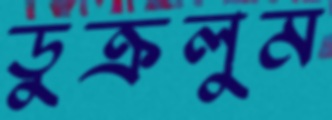
ডুক্‌রলুম